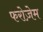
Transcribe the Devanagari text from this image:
फरोज़ेम